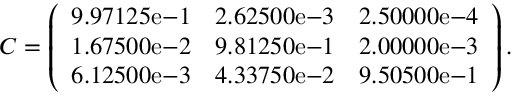
C = \left( \begin{array} { c c c c } { 9 . 9 7 1 2 5 \mathrm { e } { - 1 } } & { 2 . 6 2 5 0 0 \mathrm { e - } { 3 } } & { 2 . 5 0 0 0 0 \mathrm { e } { - 4 } } \\ { 1 . 6 7 5 0 0 \mathrm { e } { - 2 } } & { 9 . 8 1 2 5 0 \mathrm { e - } { 1 } } & { 2 . 0 0 0 0 0 \mathrm { e } { - 3 } } \\ { 6 . 1 2 5 0 0 \mathrm { e } { - 3 } } & { 4 . 3 3 7 5 0 \mathrm { e - } { 2 } } & { 9 . 5 0 5 0 0 \mathrm { e } { - 1 } } \end{array} \right) .